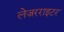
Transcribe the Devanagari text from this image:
लेज़रराइटर